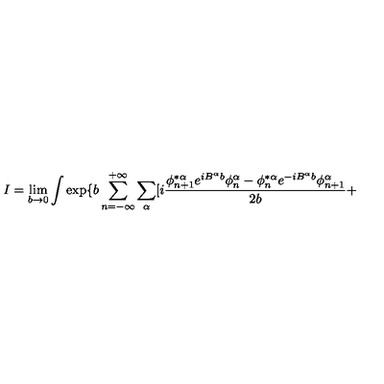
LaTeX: I = \lim _ { b \rightarrow 0 } \int \exp \{ b \sum _ { n = - \infty } ^ { + \infty } \sum _ { \alpha } [ i \frac { \phi _ { n + 1 } ^ { * \alpha } e ^ { i B ^ { \alpha } b } \phi _ { n } ^ { \alpha } - \phi _ { n } ^ { * \alpha } e ^ { - i B ^ { \alpha } b } \phi _ { n + 1 } ^ { \alpha } } { 2 b } +